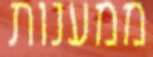
ממענות